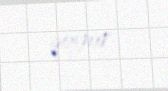
qoyur.